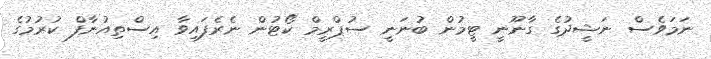
ނަމަވެސް ނަޝީދުގެ ގާނޫނީ ޓީމުން ބުނަނީ ސުޕްރީމް ކޯޓުން ނެރެފައިވާ އިސްތިއުނާފް ކުރުމުގެ